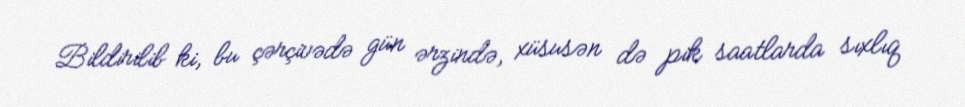
Bildirilib ki, bu çərçivədə gün ərzində, xüsusən də pik saatlarda sıxlıq